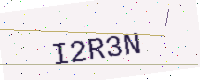
Text: I2R3N